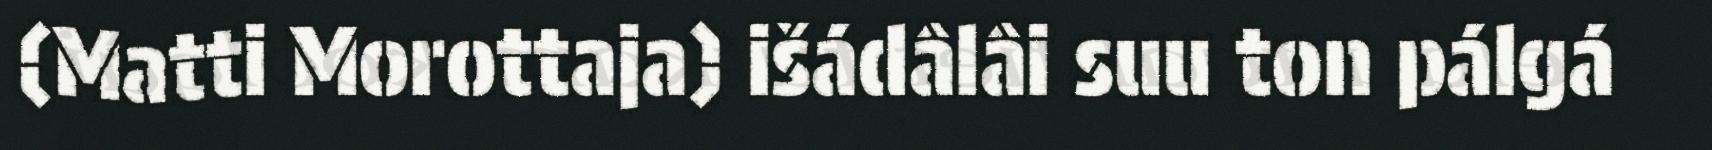
(Matti Morottaja) išádâlâi suu ton pálgá